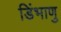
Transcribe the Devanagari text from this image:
डिंभाणु